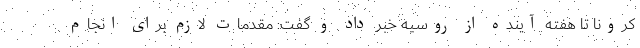
کرونا تا هفته آینده از روسیه خبر داد و گفت: مقدمات لازم برای انجام